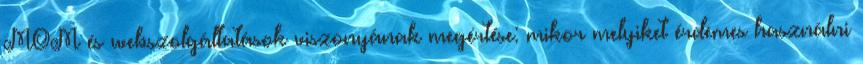
MOM és webszolgáltatások viszonyának megértése: mikor melyiket érdemes használni